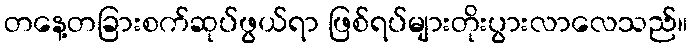
တနေ့တခြားစက်ဆုပ်ဖွယ်ရာ ဖြစ်ရပ်များတိုးပွားလာလေသည်။